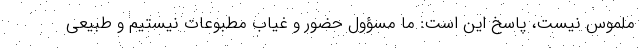
ملموس نیست، پاسخ این است: ما مسؤول حضور و غیاب مطبوعات نیستیم و طبیعی